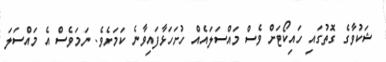
ޝަކުވާގެ ގޮތުގައި ހައިކޯޓަށް ވެސް މައްސަލައެއް ހުށަހަޅާފައިވާނެ ކަމަށެވެ. ނަމަވެސް އެ މައްސަލަ